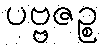
ပဗ္ဗဇဉ္စ